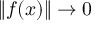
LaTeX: \| f ( x ) \| \to 0